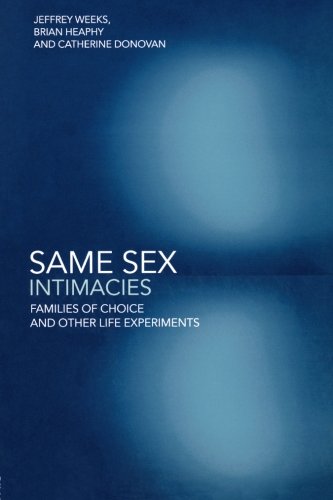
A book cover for Same Sex Intimacies: Families of Choice and Other Life Experiments; Catherine Donovan; Gay & Lesbian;